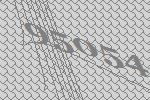
95054